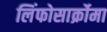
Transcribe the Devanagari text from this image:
लिंफोसार्क्रोमा